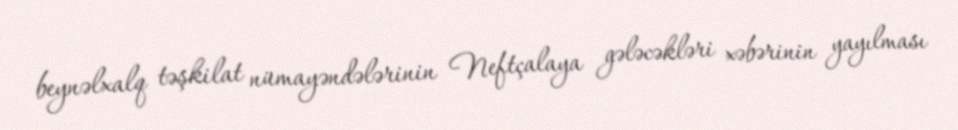
beynəlxalq təşkilat nümayəndələrinin Neftçalaya gələcəkləri xəbərinin yayılması